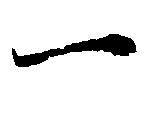
一